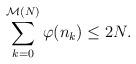
LaTeX: \begin{align*} \sum_{k=0}^{ \mathcal{M}(N)} \varphi(n_k)\leq 2N.\end{align*}